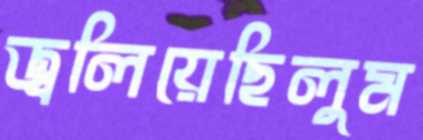
জ্বলিয়েছিলুম